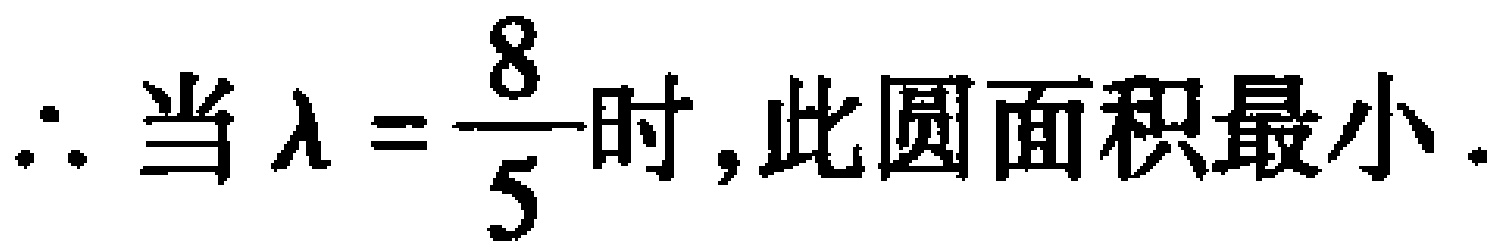
$\therefore \text{当} \lambda =\dfrac{8}{5}\text{时,此圆面积最小}.$